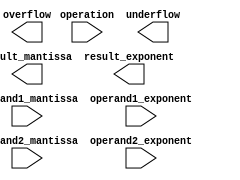
module arbitrary_precision_floating_point_unit (
    input wire [31:0] operand1_mantissa,
    input wire [7:0] operand1_exponent,
    input wire [31:0] operand2_mantissa,
    input wire [7:0] operand2_exponent,
    input wire operation,
    output reg [31:0] result_mantissa,
    output reg [7:0] result_exponent,
    output reg overflow,
    output reg underflow
);

// Adder block
reg [31:0] adder_output;
always @(*) begin
    if (operation == 2'b00) // Add
        adder_output = operand1_mantissa + operand2_mantissa;
end

// Subtractor block
reg [31:0] subtractor_output;
always @(*) begin
    if (operation == 2'b01) // Subtract
        subtractor_output = operand1_mantissa - operand2_mantissa;
end

// Multiplier block
reg [63:0] multiplier_output;
always @(*) begin
    if (operation == 2'b10) // Multiply
        multiplier_output = operand1_mantissa * operand2_mantissa;
end

// Divider block
reg [63:0] divider_output;
always @(*) begin
    if (operation == 2'b11) begin // Divide
        if (operand2_mantissa != 0)
            divider_output = operand1_mantissa / operand2_mantissa;
    end
end

// Other mathematical operations and normalization functions
// TODO: Add code for these operations

// Rounding function
// TODO: Add code for rounding function

// Error checking and exception handling mechanisms
// TODO: Add code for error checking and exception handling

endmodule